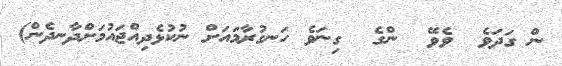
ން ގަދަވެ  ވެވޭ  ންގެ  ގިނަވެ ހަނގުރާމައަށް ނުކުޅެދިއްޖައުމަށްދާނދެން)